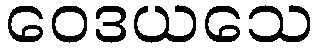
ဝေဒယသေ